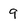
Character: 9